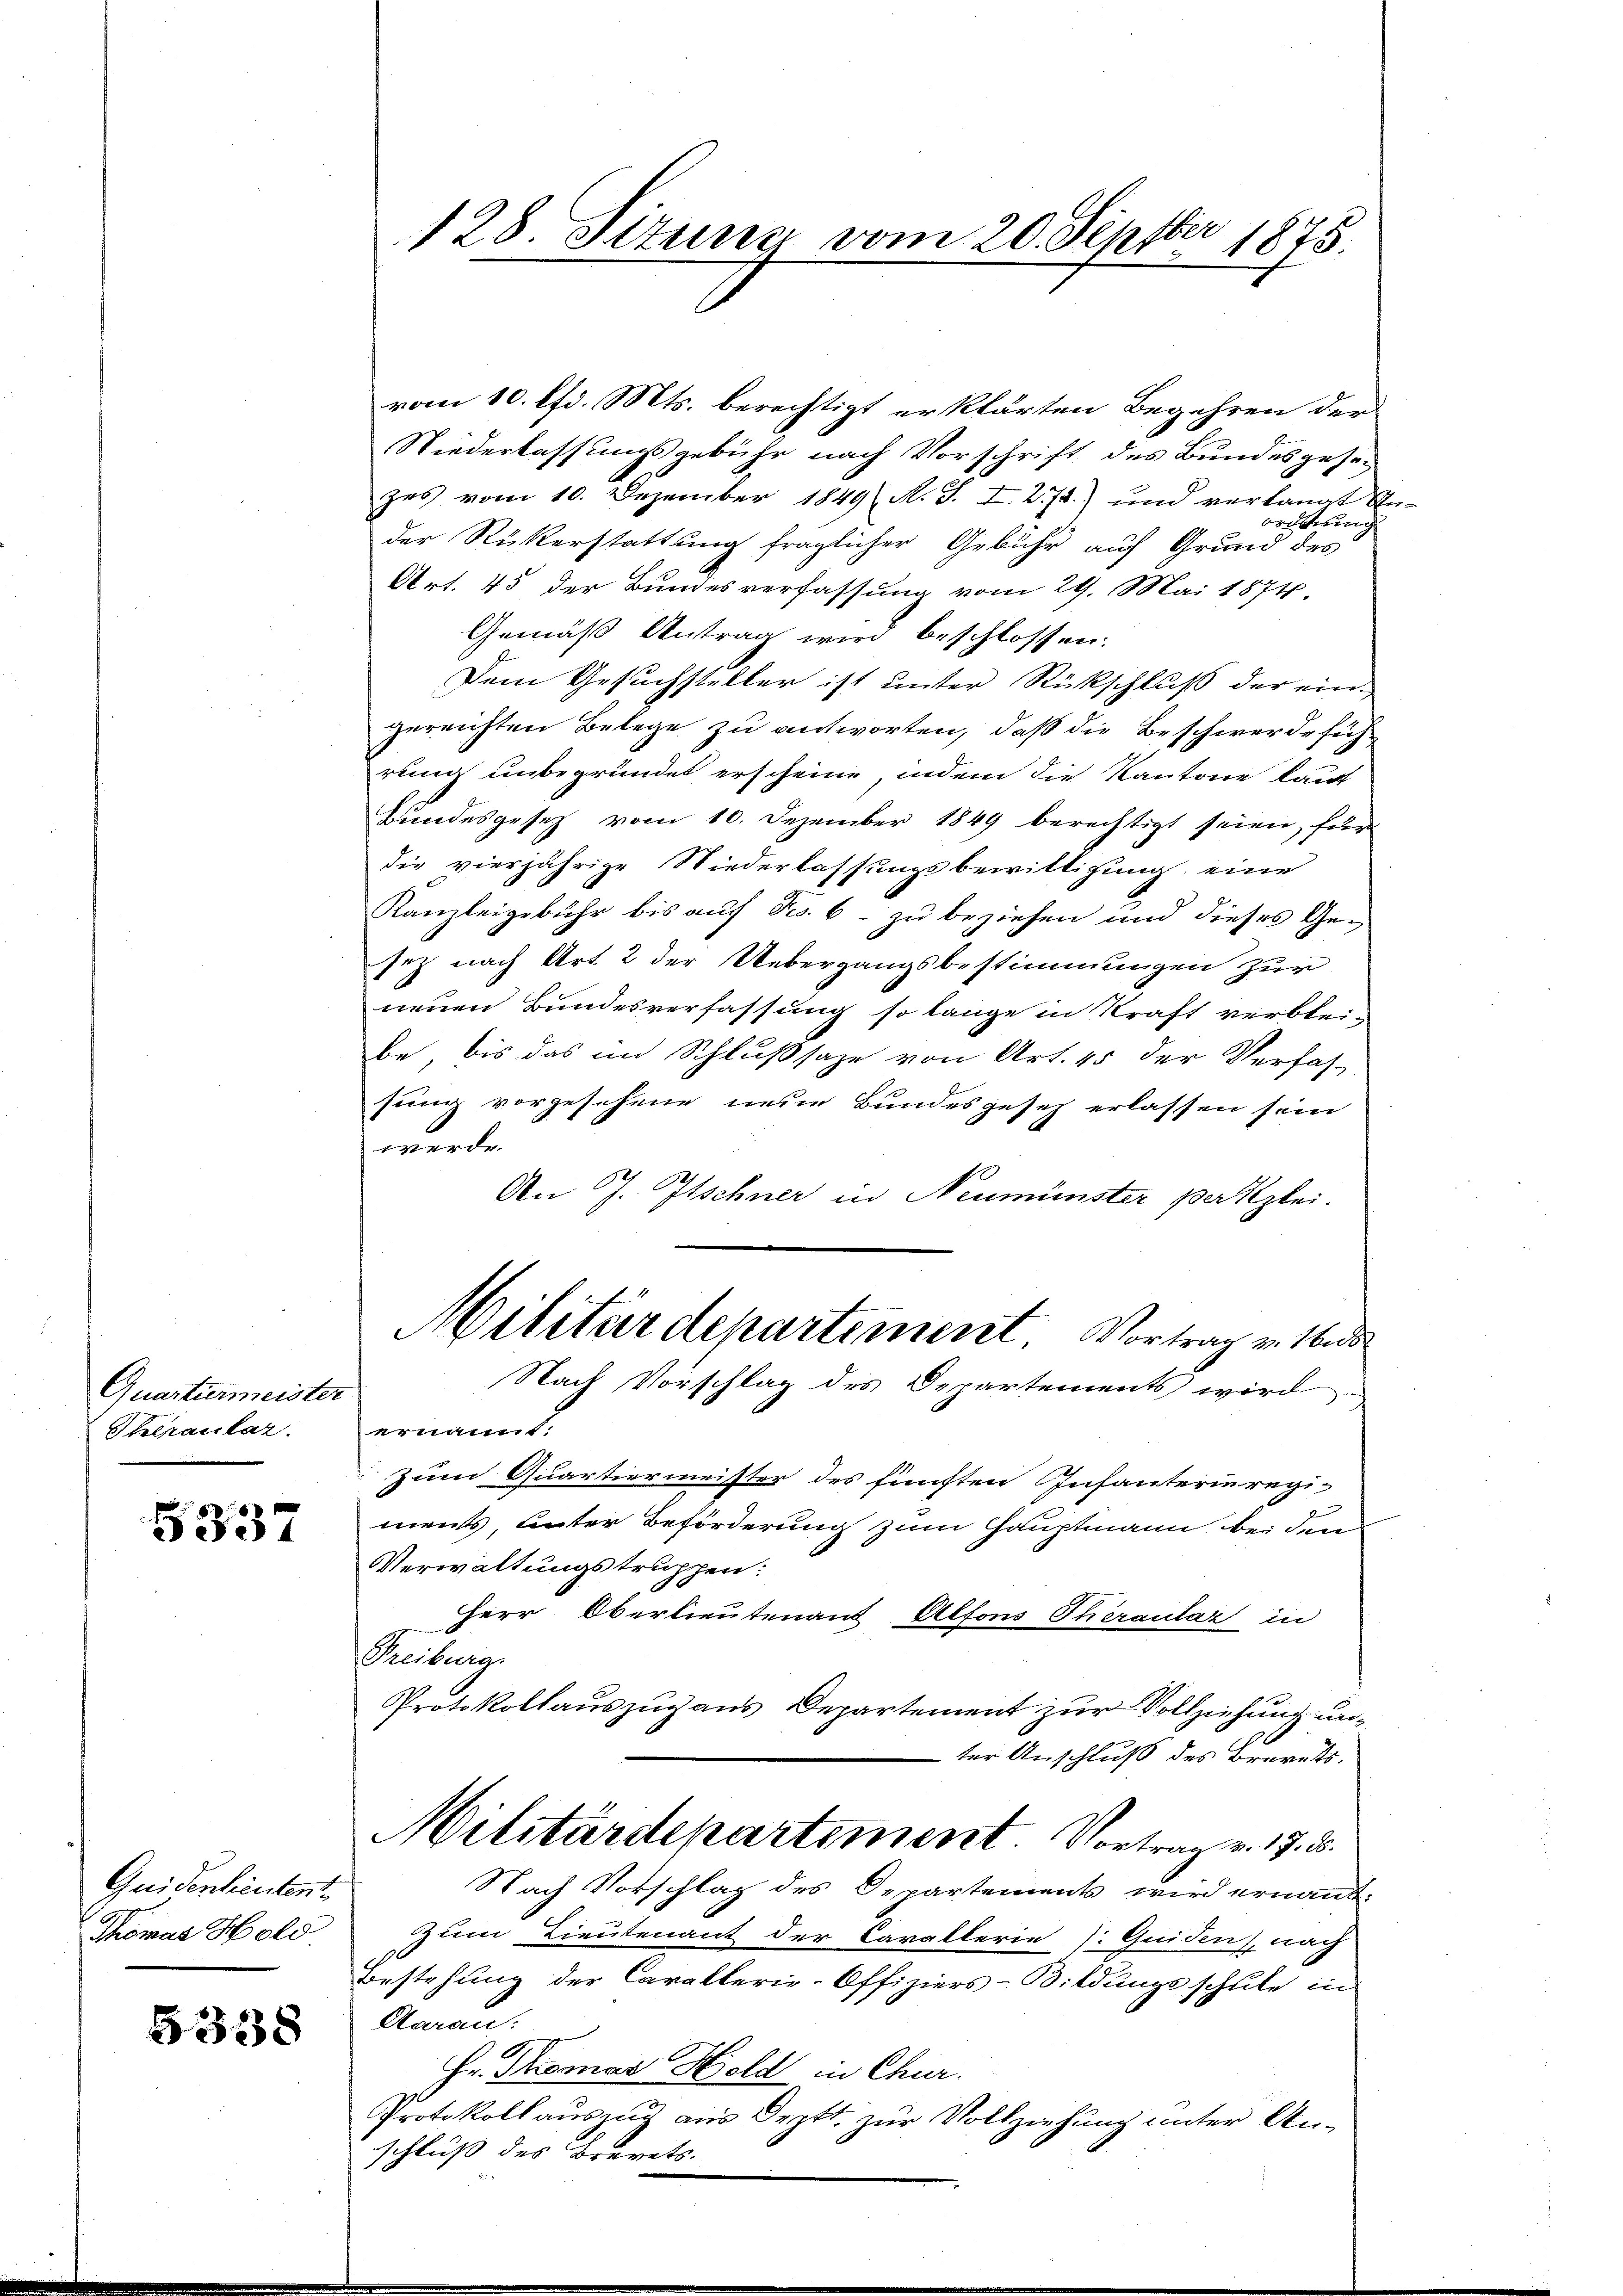
Quartiermeister
Theraular

5337

Quidentientent
Thomas Hold

33338

128. Sitzung vom 20. Septbr 1875.

vom 10. lfd. Mts. berechtigt erklärten Begehren der
Niederlassungsgebühr nach Vorschrift des Bundesgeset
zes vom 10. Dezember 1849 N. S. I. 271) und verlangt
au
rung
der Rükerstattung fraglicher Gebühr auf Grund des
Art. 45 der Bundesverfassung vom 29. Mai 1874.
Gemäß Antrag wird beschlossen:
Dem Gesuchsteller ist unter Rückschluß der ein-
zureichten Belege zu antworten, daß die Beschwerdeführung unbegründet erscheine, indem die Kantone lauf
Bundesgesetz vom 10. Dezember 1849 berechtigt seien, für
die vierjährige Niederlassungsbewittigung eine
Kanzleigebühr bis auf Fr. 6 - zu beziehen und dieses Ge-
sez nach Art. 2 der Uebergangsbestimmungen zur
neuen Bundesverfassung so lange in Kraft verblei-
be, bis das im Schlußsaze von Art. 45 der Verfas-
sung vorgesehene neue Bundesgesetz erlassen sein
werde
An J. Itschner in Neumünster parkzlei.
Militärdepartement Vortrag v. Ms
Nach Vorschlag des Departements wird
ernannt.
Zum Quartiermeister des fünften Infanterin regi-
ments unter Beförderung zum Hauptmann bei dem
Verwaltungstruppen:
Herr Oberlieutenant Alfons Theraular in
Freiburg.
Protokollauszug aus Departement zur Vollziehung unter Anschluß des Brevets.
Militärdepartement. Vortrag v. 17. d.
Nach Vorschlag des Departements wird ernannt.
Zum Lieutenant der Carallerie Guiden, nach
Bestehung der Carallerie-Offiziers-Bildungsschule in
Aarau
Hr. Thomas Hold in Chur.
Protokoll auszug aus Deptt. zur Vollziehung unter Anschluß des Brevets.